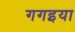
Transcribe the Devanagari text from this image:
गगइया